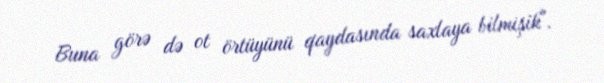
Buna görə də ot örtüyünü qaydasında saxlaya bilmişik".